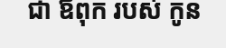
ជា ឪពុក របស់ កូន